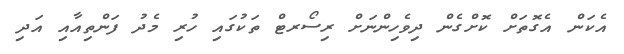
އެކަން އެގޮތަށް ކޮށްގެން ދިވެހިންނަށް ރިސޯރޓް ތަކުގައި ހުރި މެދު ފަންތިއާއި އަދި